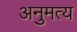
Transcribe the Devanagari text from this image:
अनुमत्य